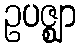
ဥပဇ္ဈာ